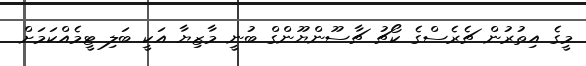
މީގެ އިތުރުން ޗެރެސްގެ ކޯޗު ޗާސޫންޔޫންގް ބުނީ މާޒިޔާ އަކީ ބަލި ޓީމެއްކަމަށް